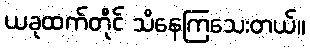
ယခုထက်တိုင် သိနေကြသေးတယ်။